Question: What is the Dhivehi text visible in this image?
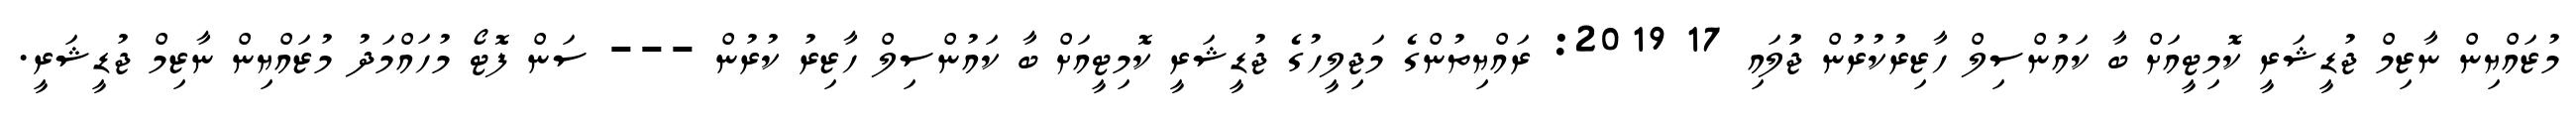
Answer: މުޒައްޔިން ނާޒިމް ޖުޑީޝަރީ ކޮމިޓީއަށް ބާ ކައުންސިލް ހާޒިރުކުރުން ޖުަލައި 17 2019: ރައްޔިތުންގެ މަޖިލީހުގެ ޖުޑީޝަރީ ކޮމިޓީއަށް ބާ ކައުންސިލް ހާޒިރު ކުރުން --- ސަން ފޮޓޯ މުހައްމަދު މުޒައްޔިން ނާޒިމް ޖުޑީޝަރީ.